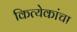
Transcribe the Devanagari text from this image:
कित्येकांचा